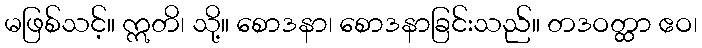
မဖြစ်သင့်။ ဣတိ၊ သို့။ စောဒနာ၊ စောဒနာခြင်းသည်။ တဒဝတ္ထာ ဧဝ၊